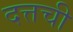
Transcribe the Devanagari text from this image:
दत्तची